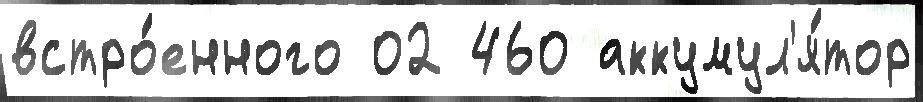
встро́енного 02 460 аккумул'я́тор